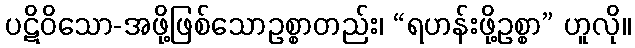
ပဋိဝိသော-အဖို့ဖြစ်သောဥစ္စာတည်း၊ “ရဟန်းဖို့ဥစ္စာ” ဟူလို။